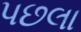
પછલા